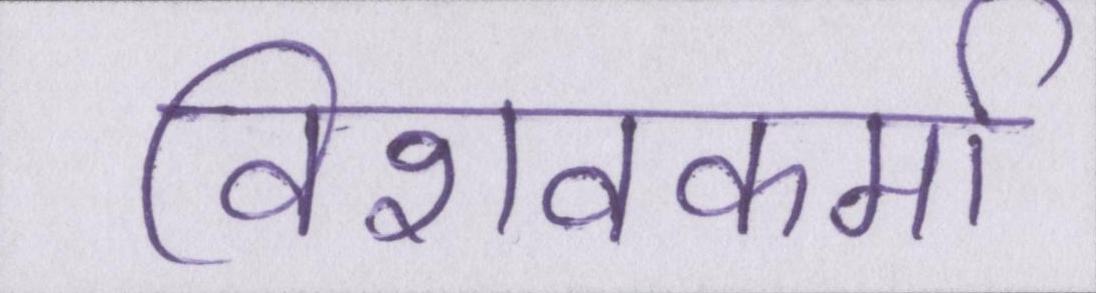
विशवकर्मा